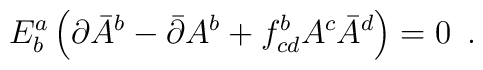
E^a_b \left(\partial \bar A^{b} - \bar \partial A^{b}+f_{cd}^{b}A^{c}\bar A^{d}\right)=0\,\,\,.